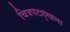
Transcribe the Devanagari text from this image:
चित्रपटशृंखला